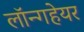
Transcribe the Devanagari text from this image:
लॉन्गहेयर